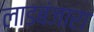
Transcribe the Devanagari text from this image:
लाडबंजारा